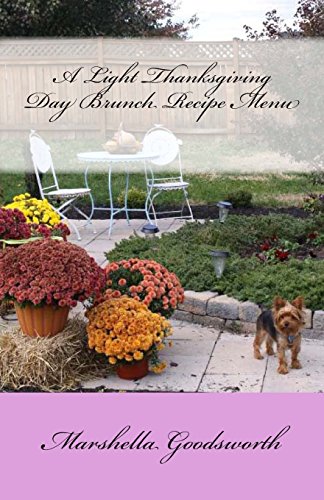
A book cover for A Light Thanksgiving Day Brunch Recipe Menu; Marshella Goodsworth; Cookbooks, Food & Wine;